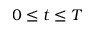
0 \le t \le T